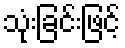
သုံးခြင်းဖြင့်